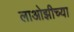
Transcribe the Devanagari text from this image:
लाओझीच्या